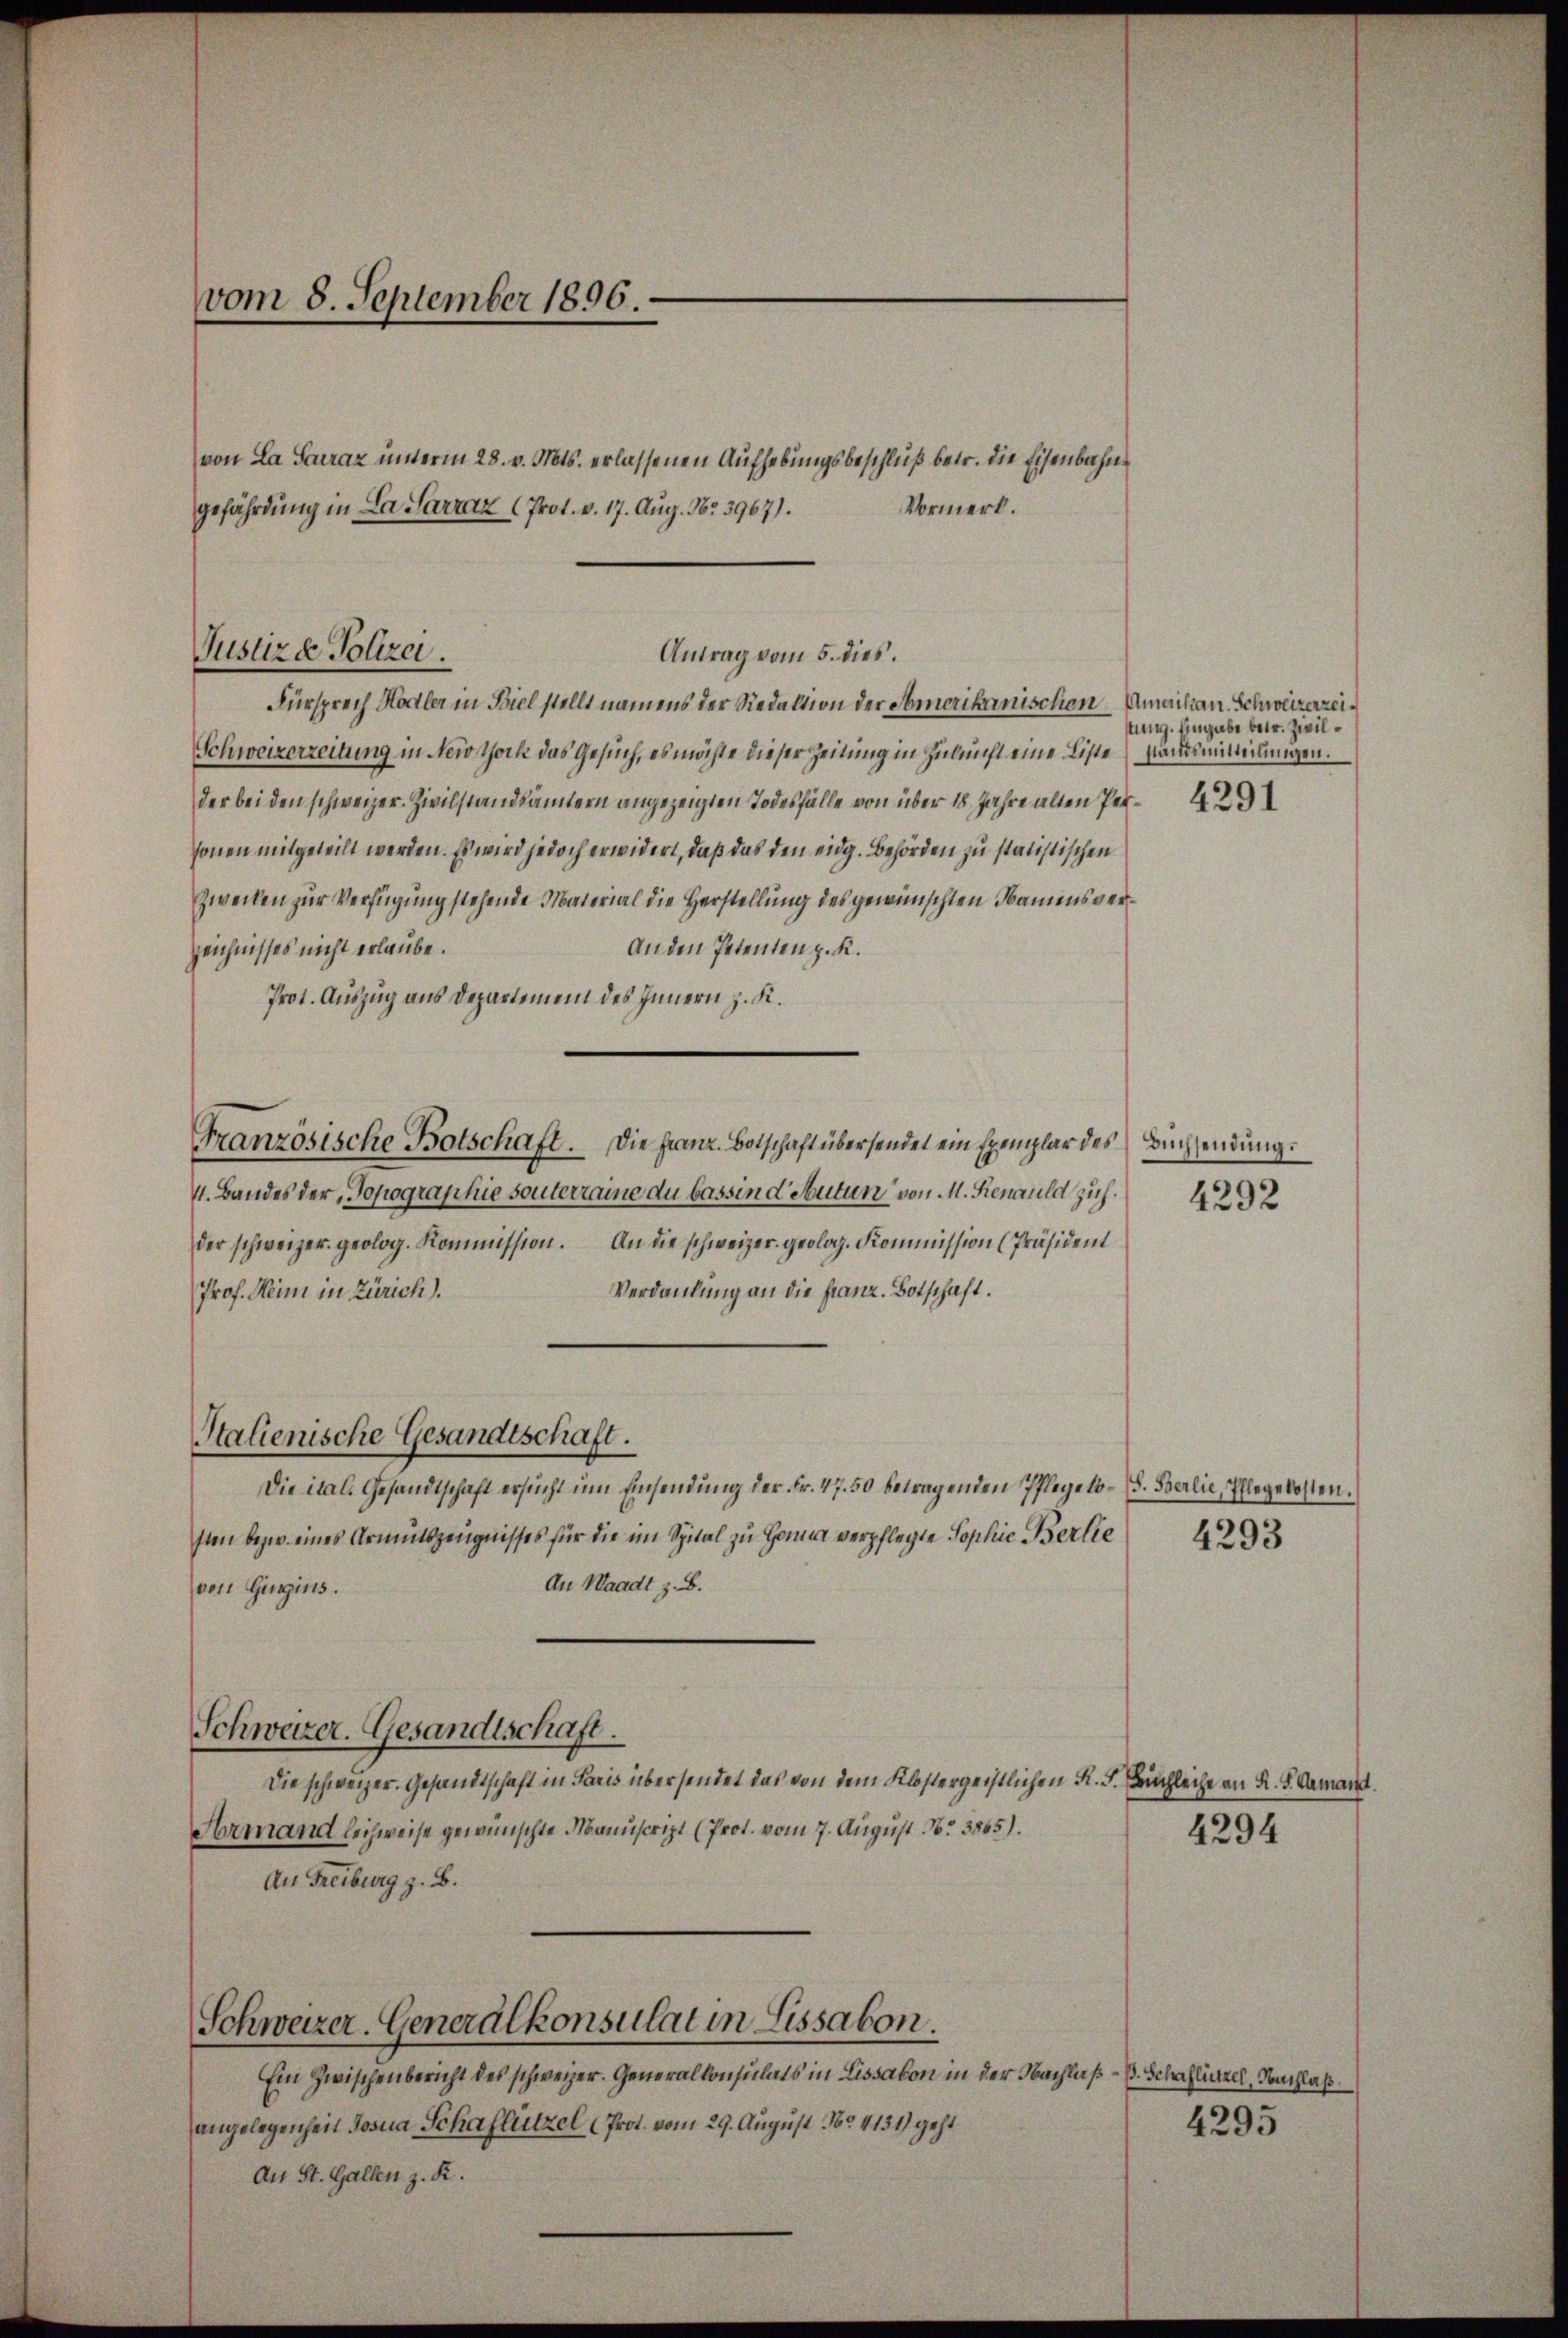
vom 8. September 1896.

von La Saraz unterm 28. v. Mts. erlassenen Aufhebungsbeschluß betr. die Eisenbahngefährdung in La Sarraz (Prot. v. 17. Aug. Nr. 3967).

Justizd Polizei.

Fürsprech Hodler in Biel stellt namens der Redaktion der Amerikanischen Amerikan. Schweizerzei¬
Schweizerzeitung in New York das Gesuch, es möchte dieser Zeitung in Zukunft eine Liste standsmitteilungen.
der bei den schweizer. Zivilstandsämtern angezeigten Todesfälle von über 18 Jahre alten Per-
sonen mitgeteilt werden. Es wird jedoch erwidert, daß das den eidg. Behörden zu statistischen
Zweifen zur Verfügung stehende Material die Herstellung des gewünschten Namensver¬
An den Petenten z. R.
zeichnisses nicht erlaube.
Prot. Auszug aus Departement des Innern z. K.
Französische Botschaft. Die Franz. Botschaft übersendet ein Exemplar des Buchsendung.
4. Bandes der Topographie souterraine du bassind Autun von M. Renauld zichder schweizer. geolog. Kommission. An die schweizer geolog. Kommission (Präsident
Verdankung an die Franz. Botschaft.
Prof. Heim in Zürich).
Stalienische Gesandtschaft.
Die ital. Gesandtschaft ersŭcht ŭm Einsendŭng der Fr. 47. 50 betragenden Pflegelo- (s. Berlie, Pflegekosten.
sten bezw. eines Armutszeugnisses für die im Spital zu Hanna verpflegte Sophie Berlie
An Waadt z. B.
von Gingins.
Schweizer. Gesandtschaft.
Die schweizer. Gesandtschaft in Paris übersendet das von dem Klostergeistlichen K. F. Kirchleiche an K. K. Camand.
Armand leichweise gewünschte Manuscript (Prot. vom 7. August No. 3865).
An Freiburg z. B.

Schweizer. Generalkonsulat in Lissabon.

Antrag vom 5. dies.

Vormerk.

Ein Zwischenbericht des schweizer. Generalkonsulats in Lissakon in der Nachlaßangelegenheit Josia Schaflützel (Prot. vom 29. August No. 4131) geht
An St. Gallen z. R.

tung. Eingabe betr. Zivil¬

4292

4293

4294

ß. Schaflützel, Nachlaß.
4295